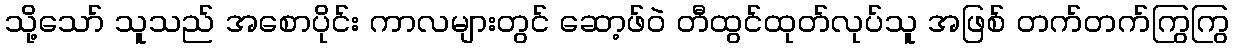
သို့သော် သူသည် အစောပိုင်း ကာလများတွင် ဆော့ဖ်ဝဲ တီထွင်ထုတ်လုပ်သူ အဖြစ် တက်တက်ကြွကြွ